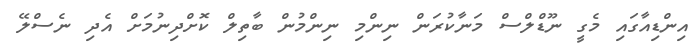
އިންޑިއާގައި މެގީ ނޫޑްލްސް މަނާކުރަން ނިންމި ނިންމުން ބާތިލް ކޮށްދިނުމަށް އެދި ނެސްލޭ